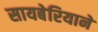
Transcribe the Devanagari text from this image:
सायबेरियाने